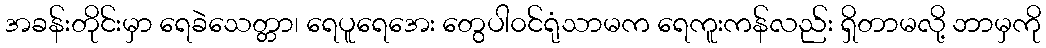
အခန်းတိုင်းမှာ ရေခဲသေတ္တာ၊ ရေပူရေအေး တွေပါ၀င်ရုံသာမက ရေကူးကန်လည်း ရှိတာမလို့ ဘာမှကို